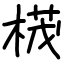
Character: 𣕚